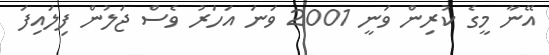
އޭނާ މީގެ ކުރިން ވަނީ 2001 ވަނަ އަަހަރު ވެސް ޖަލުން ފިލައިފަ